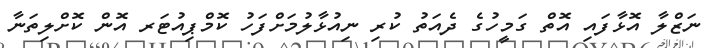
ނަޒްލާ އޮޅާފައި އޮތް ގަމީހުގެ ދެއަތު ކުރި ނިއުޅާލުމަށްފަހު ކޮމްޕިއުޓަރ އޮން ކޮށްލިތަނާ